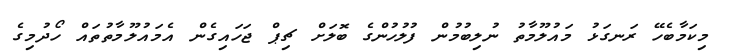
މިކަމާބެހޭ ރަނގަޅު މައުލޫމާތު ނުލިބުމުން ފުލުހުންގެ ބޮލަށް ޗިޕް ޖަހައިގެން އެމައުލޫމާތުތައް ހޯދުމިގެ